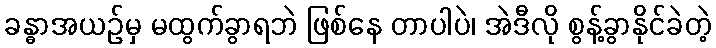
ခန္ဓာအယဉ်မှ မထွက်ခွာရဘဲ ဖြစ်နေ တာပါပဲ၊ အဲဒီလို စွန့်ခွာနိုင်ခဲတဲ့